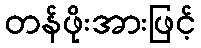
တန်ဖိုးအားဖြင့်